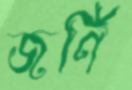
জর্ণি